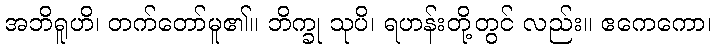
အဘိရူဟိ၊ တက်တော်မူ၏။ ဘိက္ခု သုပိ၊ ရဟန်းတို့တွင် လည်း။ ဧကေကော၊